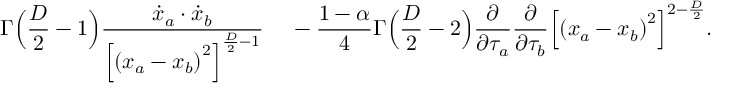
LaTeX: \Gamma \Bigl ( { \frac { D } { 2 } } - 1 \Bigr ) { { \frac { \dot { x } _ { a } \cdot \dot { x } _ { b } } { { \Bigl [ { ( x _ { a } - x _ { b } ) } ^ { 2 } \Bigr ] } ^ { { \frac { D } { 2 } } - 1 } } } \quad } \nonumber \, - { \frac { 1 - \alpha } { 4 } } \Gamma \Bigl ( { { \frac { D } { 2 } } - 2 } \Bigr ) { \frac { \partial } { \partial \tau _ { a } } } { \frac { \partial } { \partial \tau _ { b } } } { \Bigl [ { ( x _ { a } - x _ { b } ) } ^ { 2 } \Bigr ] } ^ { 2 - { \frac { D } { 2 } } } .